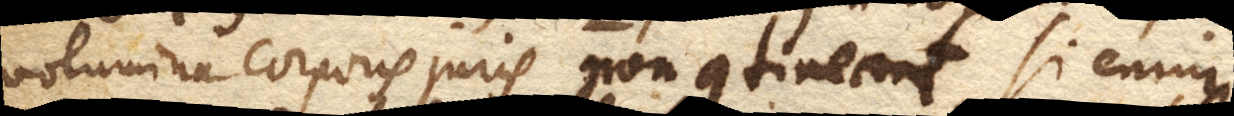
volumina corporis juris non contineant si enim